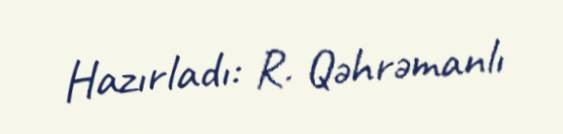
Hazırladı: R. Qəhrəmanlı